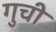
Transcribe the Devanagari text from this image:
गुची